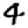
Digit: 4